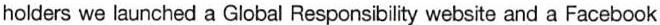
holders we launched a Global Responsibility website and a Facebook